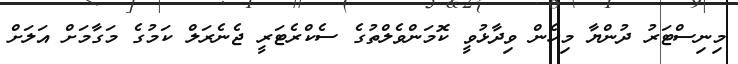
މިނިސްޓަރު ދުންޔާ މިހެން ވިދާޅުވީ ކޮމަންވެލްތުގެ ސެކްރެޓަރީ ޖެނެރަލް ކަމުގެ މަގާމަށް އަލަށް